Annual administration report of the Civil Veterinary Department of India - 1896-1897
Year: 1896
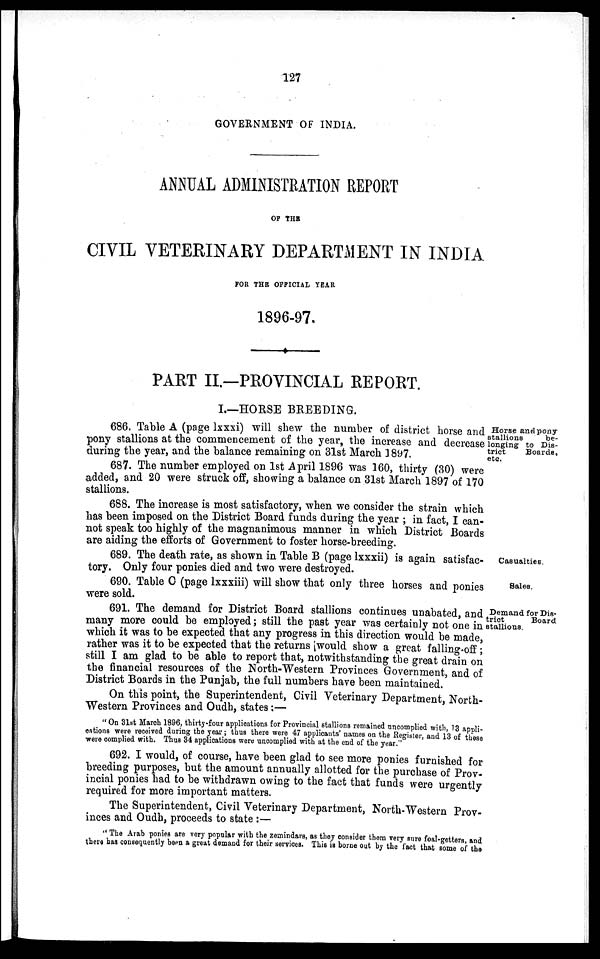
127
GOVERNMENT OF INDIA.
ANNUAL ADMINISTRATION REPORT
OF THE
CIVIL VETERINARY DEPARTMENT IN INDIA
FOR THE OFFICIAL YEAR
1896-97.
PART II.—PROVINCIAL REPORT.
I.—HORSE BREEDING.
Horse and pony
stallions
be-
longing to Dis-
trict
Boards,
etc.
686. Table A (page lxxxi) will shew the number of district horse and
pony stallions at the commencement of the year, the increase and decrease
during the year, and the balance remaining on 31st March 1897.
687. The number employed on 1st April 1896 was 160, thirty (30) were
added, and 20 were struck off, showing a balance on 31st March 1897 of 170
stallions.
688. The increase is most satisfactory, when we consider the strain which
has been imposed on the District Board funds during the year; in fact, I can-
not speak too highly of the magnanimous manner in which District Boards
are aiding the efforts of Government to foster horse-breeding.
Casualties.
689. The death rate, as shown in Table B (page lxxxii) is again satisfac-
tory. Only four ponies died and two were destroyed.
Sales.
690. Table C (page lxxxiii) will show that only three horses and ponies
were sold.
Demand for Dis-
trict
Board,
stallions.
691. The demand for District Board stallions continues unabated and
many more could be employed; still the past year was certainly not one in
which it was to be expected that any progress in this direction would be made,
rather was it to be expected that the returns would show a great falling-off;
still I am glad to be able to report that, notwithstanding the great drain on
the financial resources of the North-Western Provinces Government, and of
District Boards in the Punjab, the full numbers have been maintained.
On this point, the Superintendent, Civil Veterinary Department, North-
Western Provinces and Oudh, states :—
"On 31st March 1896, thirty-four applications for Provincial stallions remained uncomplied with, 13 appli-
cations were received during the year; thus there were 47 applicants' names on the Register, and 13 of these
were complied with. Thus 34 applications were uncomplied with at the end of the year."
692. I would, of course, have been glad to see more ponies furnished for
breeding purposes, but the amount annually allotted for the purchase of Prov-
incial ponies had to be withdrawn owing to the fact that funds were urgently
required for more important matters.
The Superintendent, Civil Veterinary Department, North-Western Prov-
inces and Oudb, proceeds to state:—
"The
Arab ponies are very popular with the zemindars, as they consider them very sure foal-getters, and
there has consequently been a great demand for their services. This is borne out by the fact that some of the